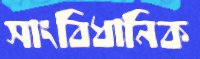
সাংবিধানিক